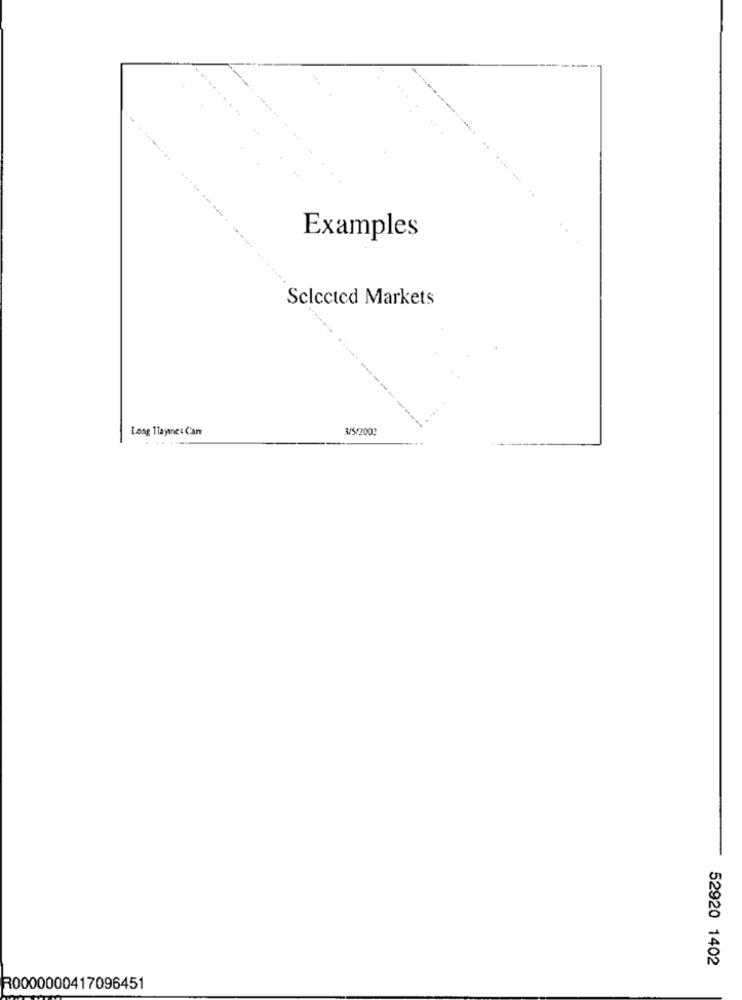
Examples
Selected Markets
Long Tayne : Carr
3/5/2002
.....
52920 1402
R0000000417096451